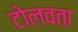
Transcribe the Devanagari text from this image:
टोलवता